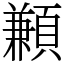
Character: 䫡